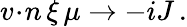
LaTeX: {v\! \cdot\! n}\, \xi\, \mu\to-iJ\, .